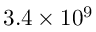
3 . 4 \times 1 0 ^ { 9 }